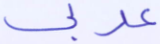
عربي